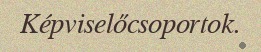
Képviselőcsoportok.